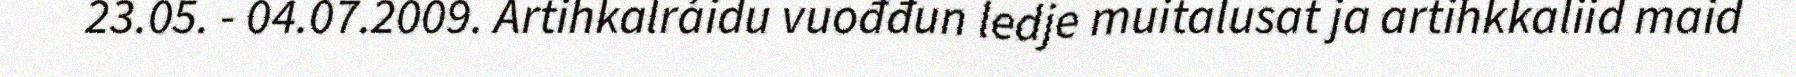
23.05. - 04.07.2009. Artihkalráidu vuođđun ledje muitalusat ja artihkkaliid maid